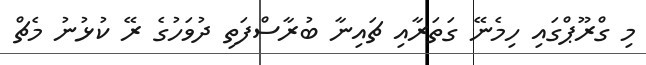
މި ގްރޫޕްގައި ހިމެނޭ ގަތަރާއި ޗައިނާ ބުރާސްފަތި ދުވަހުގެ ރޭ ކުޅުނު މެޗް